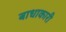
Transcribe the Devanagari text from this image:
बाधाकारी